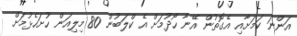
އަންނަ ކަމަށާއި އެގޮތުން އޭނާ ހޯދުމަށް އެ ކްލަބުން 80 މިލިއަން ހުށަހެޅުމަށް